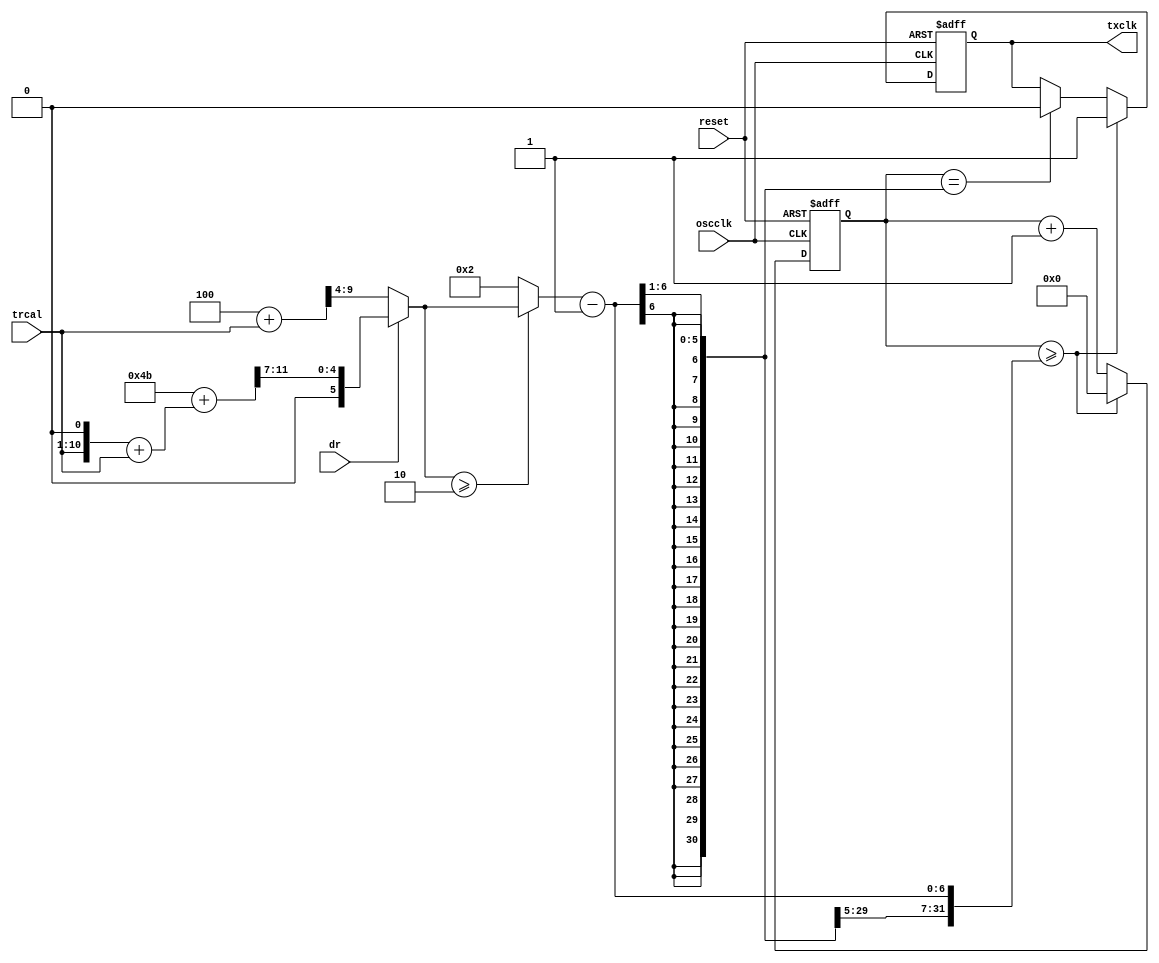
module txclkdivide(reset, oscclk, trcal, dr, txclk);
input reset, oscclk, dr;
input [9:0] trcal; 
output txclk;
reg    txclk;
reg  [6:0]  counter;
wire [10:0] trcal2;
assign trcal2[10:1] = trcal;
assign trcal2[0] = 1'b0;
wire [11:0] trcal3;
assign trcal3 = trcal2 + trcal;
wire [11:0] dr1numerator;
assign      dr1numerator = (11'd75+trcal3); 
wire [11:0] dr0numerator;
assign      dr0numerator = (11'd4+trcal); 
wire [6:0]  tempdivider;
assign      tempdivider = dr ? ({1'b0, dr1numerator[11:7]}) : (dr0numerator[9:4]); 
wire [6:0]  divider;
assign      divider = (tempdivider >= 7'd2) ? tempdivider : 7'd2;
always @ (posedge oscclk or posedge reset) begin
  if (reset) begin
    txclk   = 0;
    counter = 0;
  end else if (counter >= (divider-1)) begin
    txclk   = 1;
    counter = 0;
  end else if (counter == ((divider-1) >> 1)) begin
    counter = counter + 7'd1;
    txclk   = 0;
  end else begin
    counter = counter + 7'd1;
  end 
end 
endmodule